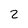
Character: 2